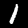
Label: 1